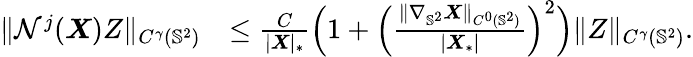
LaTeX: \begin{array}{rl}{\| \mathcal{N}^{j}(\boldsymbol{X})Z\| _{C^{\gamma}(\mathbb{S}^{2})}}&{\leq\frac{C}{|\boldsymbol{X}|_{*}}\Big(1+\Big(\frac{\| \nabla_{\mathbb{S}^{2}}\boldsymbol{X}\| _{C^{0}(\mathbb{S}^{2})}}{|\boldsymbol{X}_{*}|}\Big)^{2}\Big)\| Z\| _{C^{\gamma}(\mathbb{S}^{2})}.}\end{array}